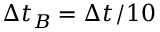
\Delta t _ { B } = \Delta t _ { } / 1 0